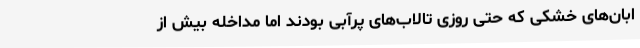
ابان‌های خشکی که حتی روزی تالاب‌های پرآبی بودند اما مداخله بیش از